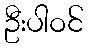
ဦးပါဝင်